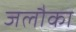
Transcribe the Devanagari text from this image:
जलौका